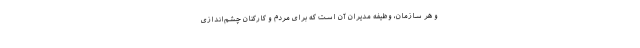
و هر سازمان، وظیفه مدیران آن است که برای مردم و کارکنان چشم‌اندازی